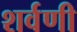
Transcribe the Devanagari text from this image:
शर्वणी